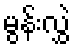
မွန်းလွှဲ